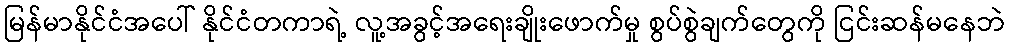
မြန်မာနိုင်ငံအပေါ် နိုင်ငံတကာရဲ့ လူ့အခွင့်အရေးချိုးဖောက်မှု စွပ်စွဲချက်တွေကို ငြင်းဆန်မနေဘဲ